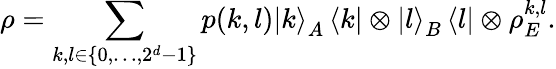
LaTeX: \rho=\sum_{k,l\in\{ 0,\dots,2^{d}-1\} }p(k,l)\left\vert k\right\rangle_{A}\left\langle k\right\vert\otimes\left\vert l\right\rangle_{B}\left\langle l\right\vert\otimes\rho_{E}^{k,l}.